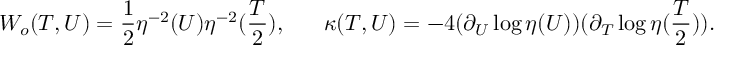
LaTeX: W _ { o } ( T , U ) = \frac { 1 } { 2 } \eta ^ { - 2 } ( U ) \eta ^ { - 2 } ( \frac { T } { 2 } ) , \; \; \; \; \; \; \kappa ( T , U ) = - 4 ( \partial _ { U } \log \eta ( U ) ) ( \partial _ { T } \log \eta ( \frac { T } { 2 } ) ) .